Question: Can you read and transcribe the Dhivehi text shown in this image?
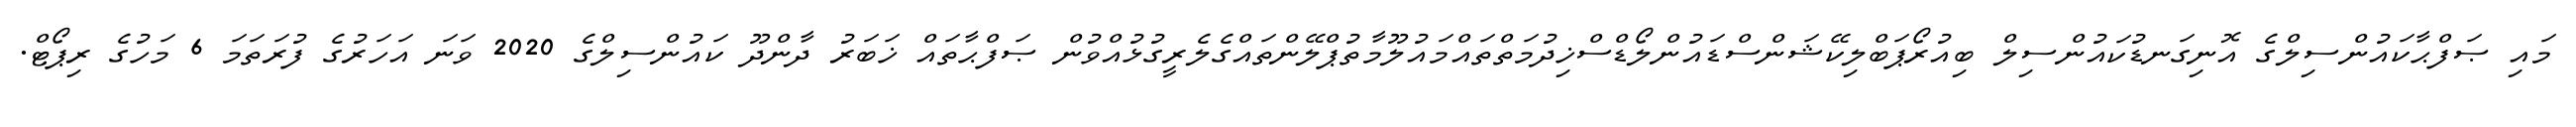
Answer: މައި ޞަފްޙާކައުންސިލްގެ އޮނިގަނޑުކައުންސިލް ބިއުރޯޕަބްލިކޭޝަންސްޑައުންލޯޑްސްޚިދުމަތްތައްމައުލޫމާތުޕްލޭންތައްގެލެރީގުޅުއްވުން ޞަފްޙާތައް ޚަބަރު ދާންދޫ ކައުންސިލްގެ 2020 ވަނަ އަހަރުގެ ފުރަތަމަ 6 މަހުގެ ރިޕޯޓް.